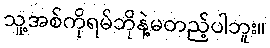
သူ့အစ်ကိုရမ်ဘိုနဲ့မတည့်ပါဘူး။